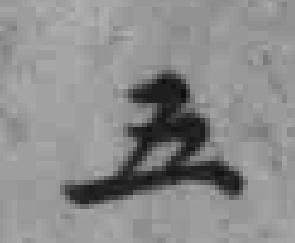
五